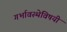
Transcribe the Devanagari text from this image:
गर्भावस्थेविषयी